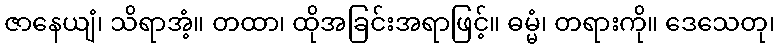
ဇာနေယျံ၊ သိရာအံ့။ တထာ၊ ထိုအခြင်းအရာဖြင့်။ ဓမ္မံ၊ တရားကို။ ဒေသေတု၊